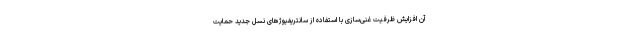
آن افزایش ظرفیت غنی‌سازی با استفاده از سانتریفیوژ‌های نسل جدید حمایت